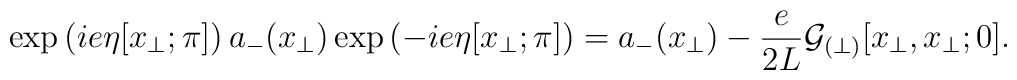
\exp\left(ie \eta[x_\perp; \pi]\right) a_-(x_\perp)\exp\left(-ie\eta[x_\perp; \pi]\right)=a_-(x_\perp) -\frac{e}{2L}{\cal G}_{(\perp)}[x_\perp, x_\perp ;0].